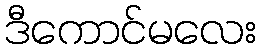
ဒီကောင်မလေး